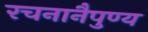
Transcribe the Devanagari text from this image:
रचनानैपुण्य